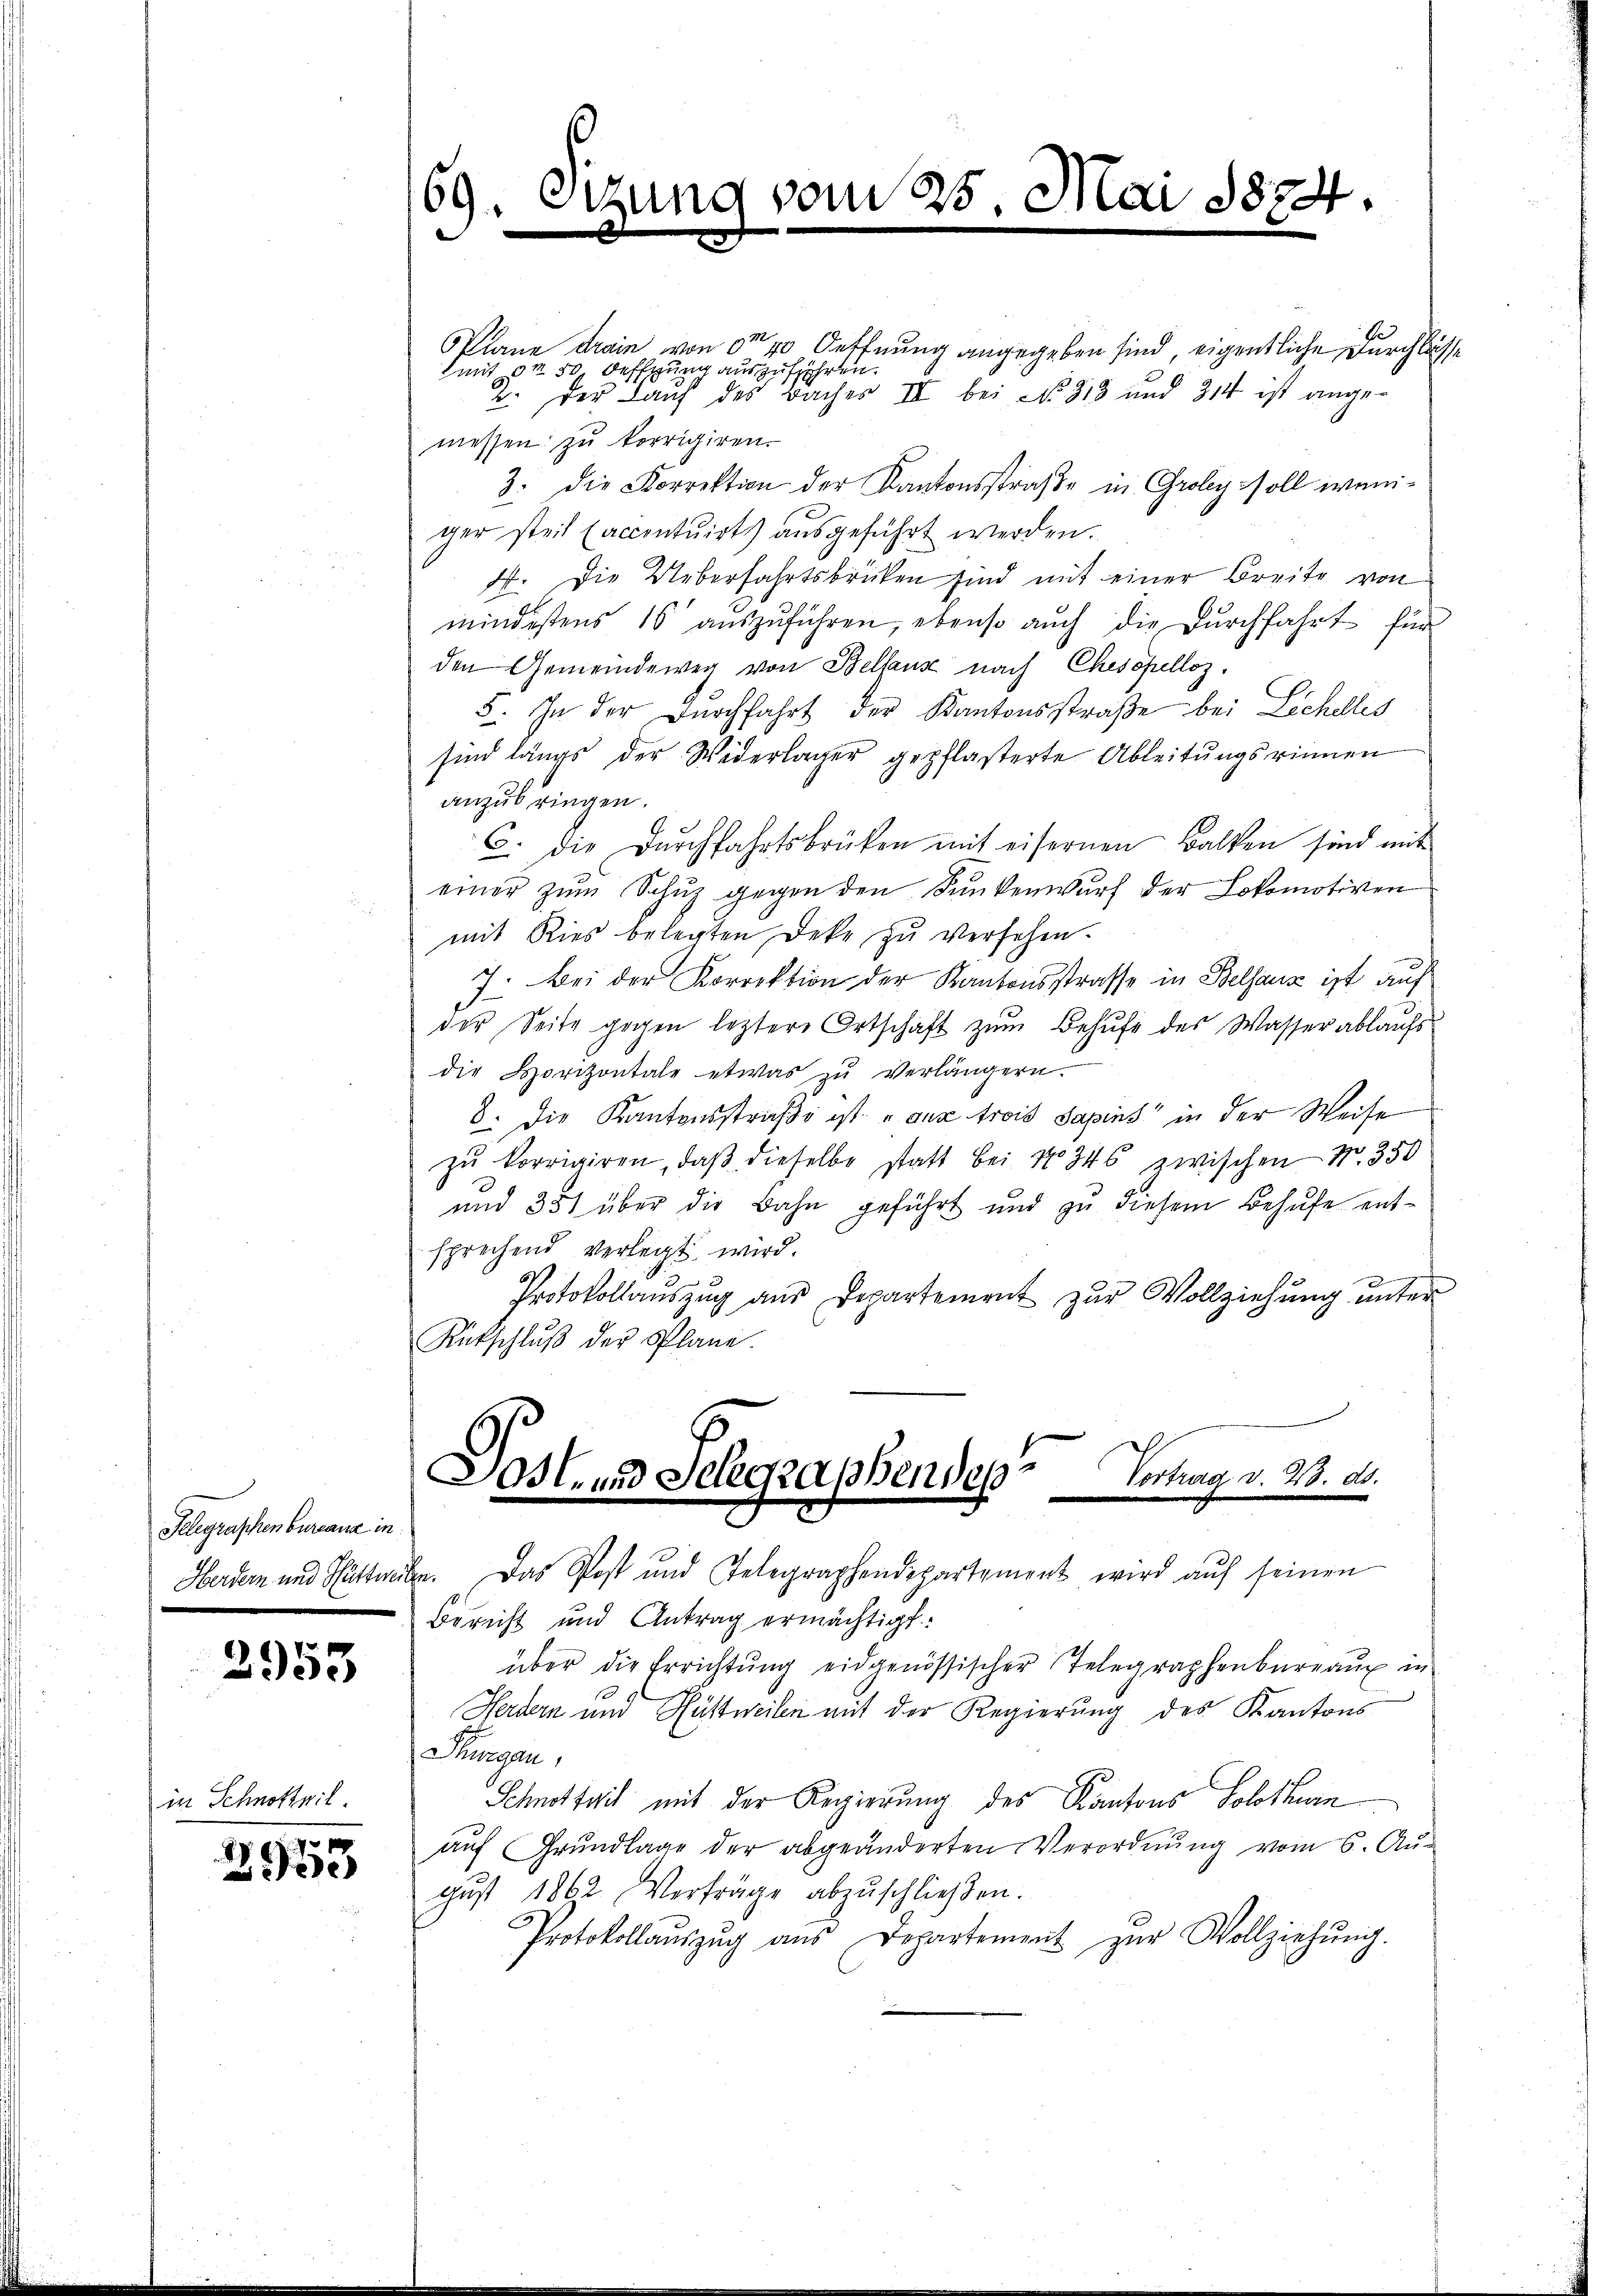
Gelegraphenbureana in

2953

in Schnotteil.

g
Zee

Plane drain von ca 40 Oeffnung angegeben sind, eigentliche Durchlasse
mt on 50 deffung auszuführen.
2. Der Lauf des Baches III bei No 313 und 314 ist angemessen zu korrigiren.
3. die Korrektion der Kantonsstraße in Groley soll weniger steil (accentuirt ausgeführt werden.
4. Die Ueberfahrtsbrücken sind mit einer Breite von
mindestens 10 auszuführen, ebenso auch die Durchfahrt für
den Gemeindeweg von Bellause nach Chesopelloz.
5. In der Durchfahrt der Kantonsstraße bei Lichelles
sind längs der Widerlager gepflasterte Ableitungsrinnen
anzubringen.
C. die Durchfahrtsbrüken mit eisernen Balken sind mit
einer zum Schuz gegen den Dunkenwurf der Lokomotiven
mit Kies belegten Deke zu versehen.
7. Bei der Korrektion der Kantonsstrasse in Bellanz ist auf
der Seite gegen leztere Ortschaft zŭm Behŭfe des Wasserablaŭfs
die Horizontale etwas zu verlängern.
8. Die Kantonsstraße ist aus trois Sapins“ in der Weise
zŭ korrigiren, daβ dieselbe statt bei No 346 zwischen N. 350
und 351 über die Bahn geführt und zŭ diesem Behufe entsprechend verlegt wird.
Protokollauszug aus Departement zur Vollziehung unter
Rütschlŭβ der Pflane.

69. Sitzung vom 25. Mai 1874.
e

Sost- und Telegraphendes
Vortrag v. 20. ds.
.
Herdern und Schuttweten. Das Post und Telegraphendepartemont wird aŭf seinen

Bereift und Antrag ermächtigt:
über die Errichtŭng eidgenössischer Telegraphenbüreaŭ in
Herdern und Hüttweibe mit der Regierung des Kantons
Purgau,
Schnottail mit der Regierung des Kantons Solothurn
aŭf Grŭndlage der abgeänderten Verordnŭng vom 6. Aŭ-
gust 1862 Verträge abzuschließen.
Protokollaŭszŭg aŭs Departement zŭr Vollziehŭng.